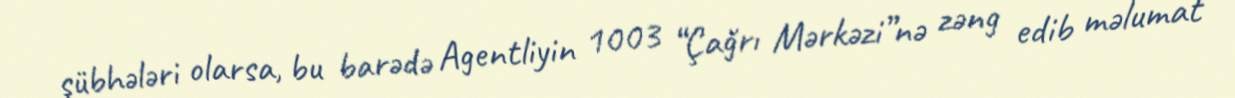
şübhələri olarsa, bu barədə Agentliyin 1003 “Çağrı Mərkəzi”nə zəng edib məlumat